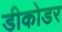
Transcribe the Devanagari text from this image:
डीकोडर